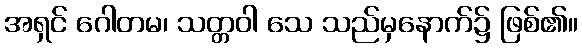
အရှင် ဂေါတမ၊ သတ္တဝါ သေ သည်မှနောက်၌ ဖြစ်၏။